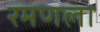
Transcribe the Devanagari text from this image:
रमणला